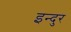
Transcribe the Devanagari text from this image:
इन्दुर